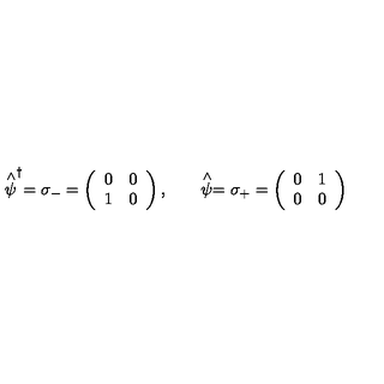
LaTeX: \stackrel { \wedge } { \psi } ^ { \dagger } = \sigma _ { - } = \left( \begin{array} { c c } { 0 } & { 0 } \\ { 1 } & { 0 } \\ \end{array} \right) , \qquad \stackrel { \wedge } { \psi } = \sigma _ { + } = \left( \begin{array} { c c } { 0 } & { 1 } \\ { 0 } & { 0 } \\ \end{array} \right)